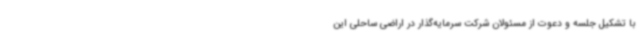
با تشکیل جلسه و دعوت از مسئولان شرکت سرمایه‌گذار در اراضی ساحلی این